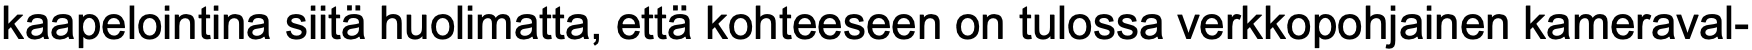
kaapelointina siitä huolimatta, että kohteeseen on tulossa verkkopohjainen kameraval-